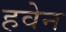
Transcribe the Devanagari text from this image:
हवेन